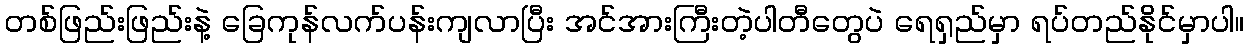
တစ်ဖြည်းဖြည်းနဲ့ ခြေကုန်လက်ပန်းကျလာပြီး အင်အားကြီးတဲ့ပါတီတွေပဲ ရေရှည်မှာ ရပ်တည်နိုင်မှာပါ။